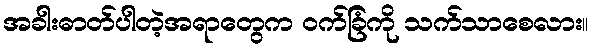
အခါးဓာတ်ပါတဲ့အရာတွေက ဝက်ခြံကို သက်သာစေလား။